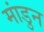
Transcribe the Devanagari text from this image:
मांडुन